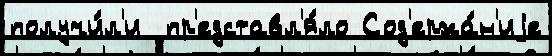
получи́л'и  пр'едставл'я́ло Сод'ержа́н'иjе